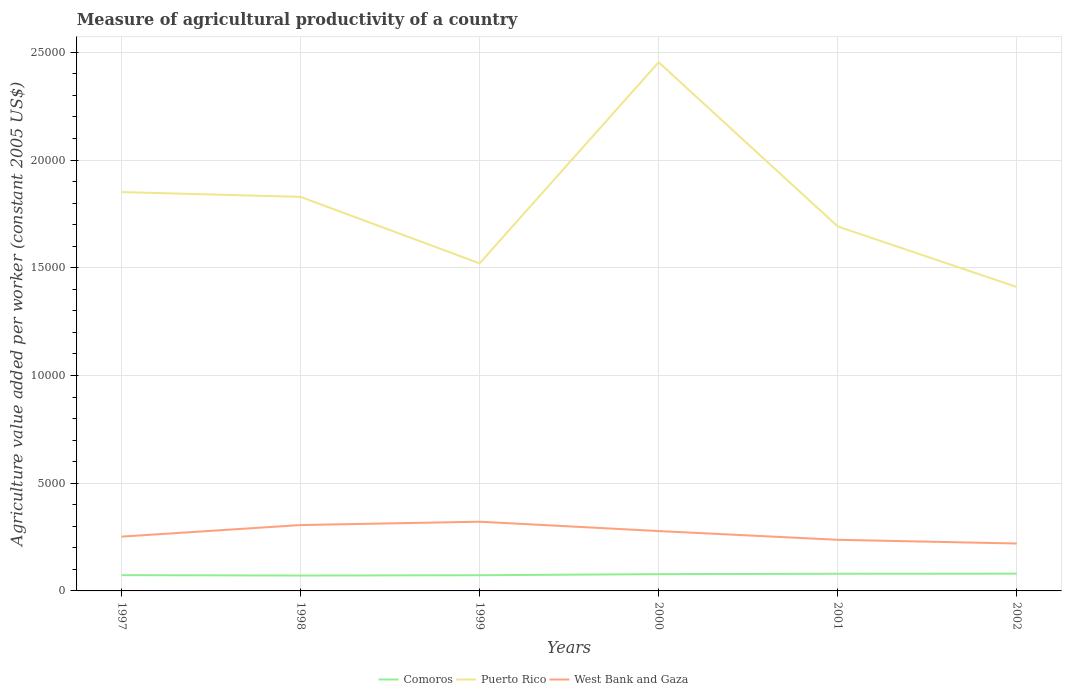
| Years | Comoros | Puerto Rico | West Bank and Gaza |
 | --- | --- | --- | --- |
 | 1997 | 731 | 1.85e+04 | 2.52e+03 |
 | 1998 | 714 | 1.83e+04 | 3.06e+03 |
 | 1999 | 728 | 1.52e+04 | 3.21e+03 |
 | 2000 | 779 | 2.45e+04 | 2.78e+03 |
 | 2001 | 797 | 1.69e+04 | 2.37e+03 |
 | 2002 | 800 | 1.41e+04 | 2.2e+03 |